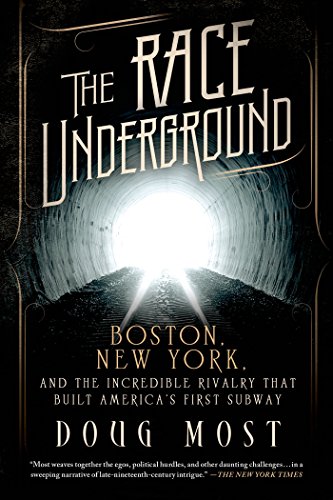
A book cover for The Race Underground: Boston, New York, and the Incredible Rivalry That Built America's First Subway; Doug Most; Engineering & Transportation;